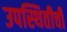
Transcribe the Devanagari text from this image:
उपस्थितीची